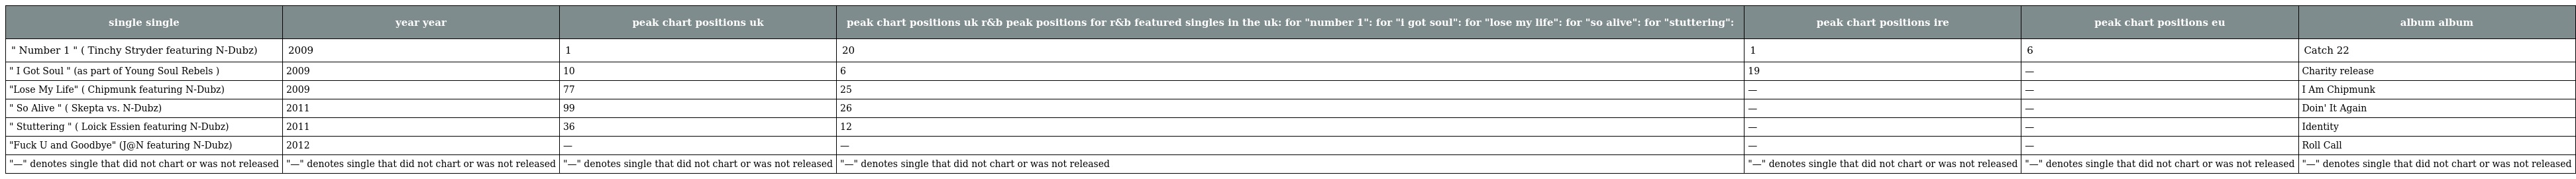
| single single | year year | peak chart positions uk | peak chart positions uk r&b peak positions for r&b featured singles in the uk: for "number 1": for "i got soul": for "lose my life": for "so alive": for "stuttering": | peak chart positions ire | peak chart positions eu | album album |
 | --- | --- | --- | --- | --- | --- | --- |
 | " Number 1 " ( Tinchy Stryder featuring N-Dubz) | 2009 | 1 | 20 | 1 | 6 | Catch 22 |
 | " I Got Soul " (as part of Young Soul Rebels ) | 2009 | 10 | 6 | 19 | — | Charity release |
 | "Lose My Life" ( Chipmunk featuring N-Dubz) | 2009 | 77 | 25 | — | — | I Am Chipmunk |
 | " So Alive " ( Skepta vs. N-Dubz) | 2011 | 99 | 26 | — | — | Doin' It Again |
 | " Stuttering " ( Loick Essien featuring N-Dubz) | 2011 | 36 | 12 | — | — | Identity |
 | "Fuck U and Goodbye" (J@N featuring N-Dubz) | 2012 | — | — | — | — | Roll Call |
 | "—" denotes single that did not chart or was not released | "—" denotes single that did not chart or was not released | "—" denotes single that did not chart or was not released | "—" denotes single that did not chart or was not released | "—" denotes single that did not chart or was not released | "—" denotes single that did not chart or was not released | "—" denotes single that did not chart or was not released |